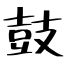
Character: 鼓